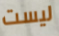
ليست